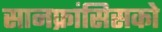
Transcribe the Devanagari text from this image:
सानफ्रांसिसको